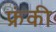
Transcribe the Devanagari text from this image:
फ्रंकी